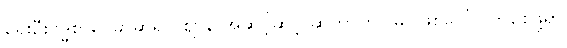
ရှေးဦးဗုဒ္ဓစာပေမှာဆိုရင် ဈာန် အဆင့်ဆင့် ဆိုတာဟာ မဂ်ဖြစ်ပေါ် လာစေဖို့ရာ